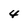
Character: 4